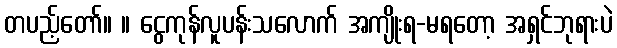
တပည့်တော်။ ။ ငွေကုန်လူပန်းသလောက် အကျိုးရ-မရတော့ အရှင်ဘုရားပဲ